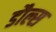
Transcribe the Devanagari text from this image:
डौल्स